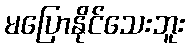
မပြောနိုင်သေးဘူး